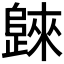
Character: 𣦨